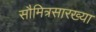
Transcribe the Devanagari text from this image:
सौमित्रसारख्या